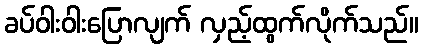
ခပ်ဝါးဝါးပြောလျက် လှည့်ထွက်လိုက်သည်။